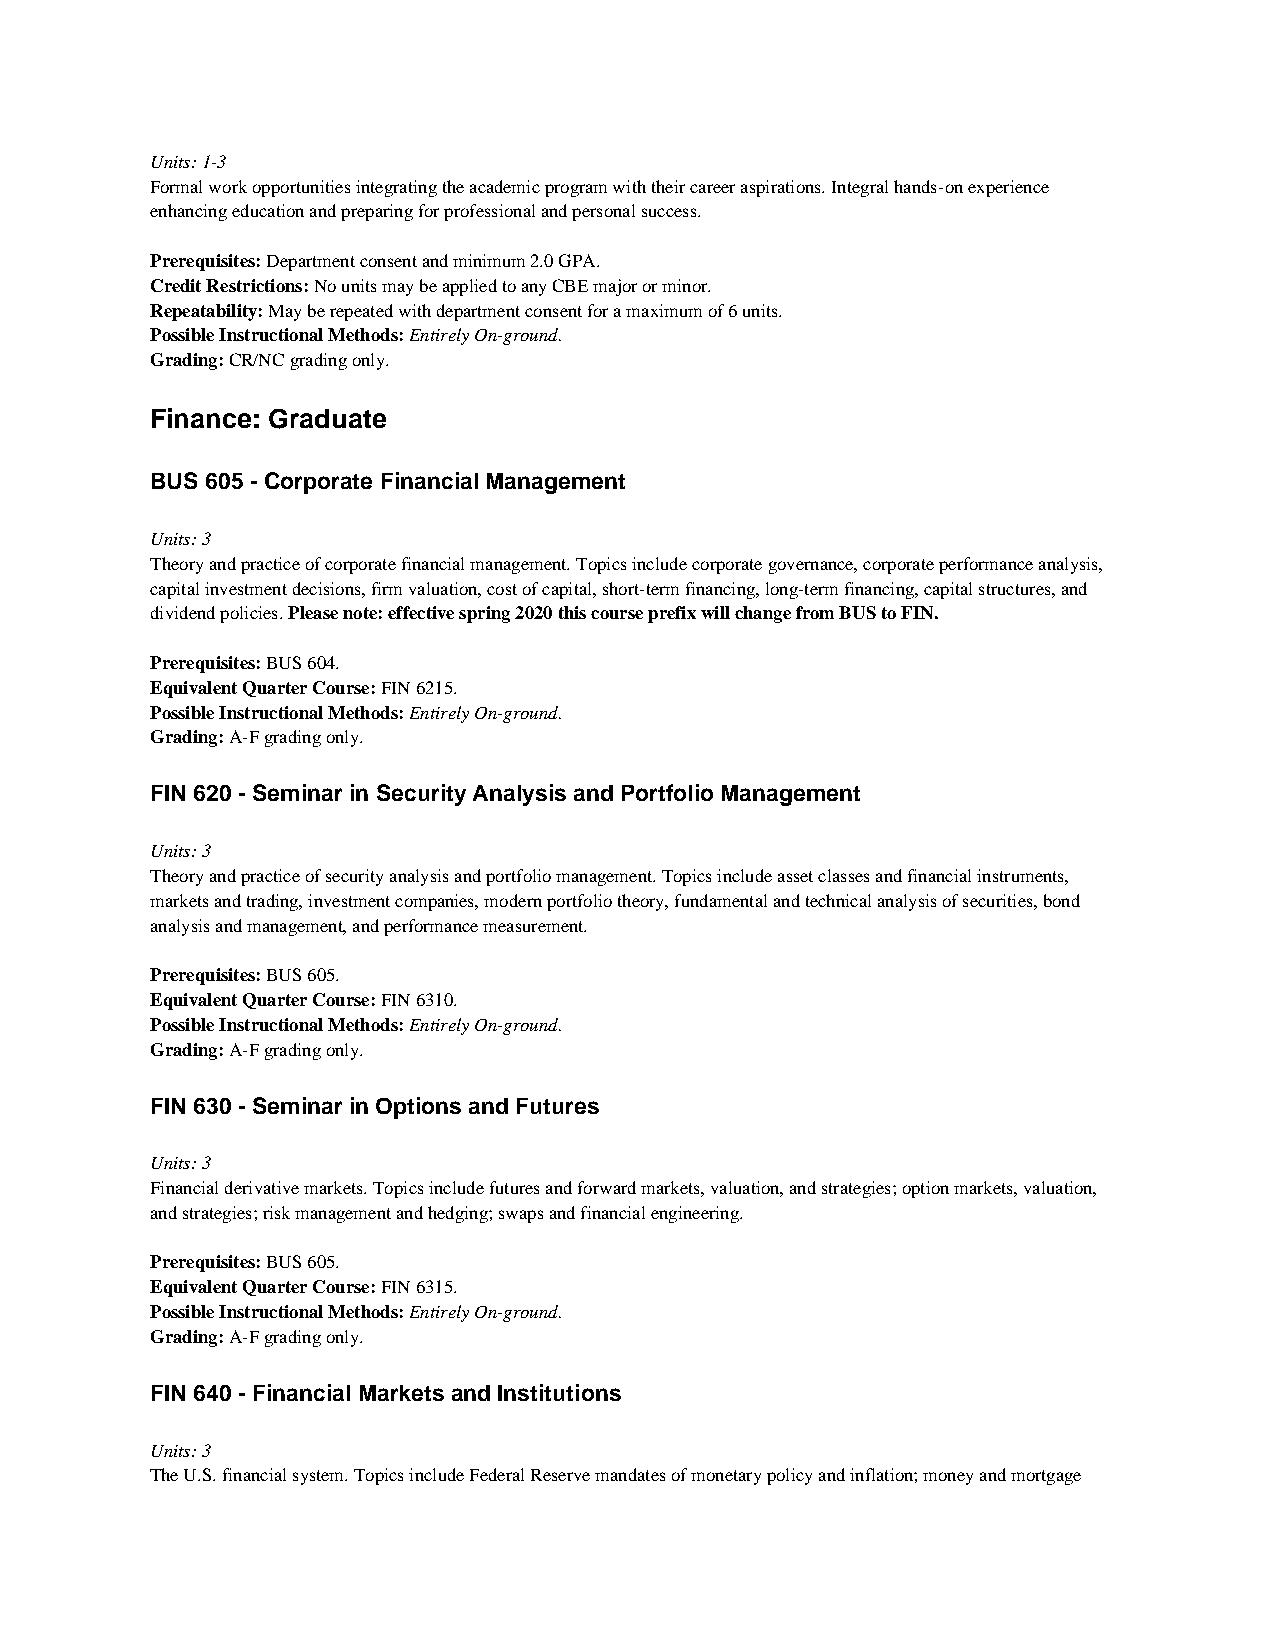
Units: 1-3
 Formal work opportunities integrating the academic program with their career aspirations. Integral hands-on experience
 enhancing education and preparing for professional and personal success.
 Prerequisites: Department consent and minimum 2.0 GPA.
 Credit Restrictions: No units may be applied to any CBE major or minor.
 Repeatability: May be repeated with department consent for a maximum of 6 units.
 Possible Instructional Methods: Entirely On-ground.
 Grading: CR/NC grading only.
 Finance: Graduate
 BUS 605 - Corporate Financial Management
 Units: 3
 Theory and practice of corporate financial management. Topics include corporate governance, corporate performance analysis,
 capital investment decisions, firm valuation, cost of capital, short-term financing, long-term financing, capital structures, and
 dividend policies. Please note: effective spring 2020 this course prefix will change from BUS to FIN.
 Prerequisites: BUS 604.
 Equivalent Quarter Course: FIN 6215.
 Possible Instructional Methods: Entirely On-ground.
 Grading: A-F grading only.
 FIN 620 - Seminar in Security Analysis and Portfolio Management
 Units: 3
 Theory and practice of security analysis and portfolio management. Topics include asset classes and financial instruments,
 markets and trading, investment companies, modern portfolio theory, fundamental and technical analysis of securities, bond
 analysis and management, and performance measurement.
 Prerequisites: BUS 605.
 Equivalent Quarter Course: FIN 6310.
 Possible Instructional Methods: Entirely On-ground.
 Grading: A-F grading only.
 FIN 630 - Seminar in Options and Futures
 Units: 3
 Financial derivative markets. Topics include futures and forward markets, valuation, and strategies; option markets, valuation,
 and strategies; risk management and hedging; swaps and financial engineering.
 Prerequisites: BUS 605.
 Equivalent Quarter Course: FIN 6315.
 Possible Instructional Methods: Entirely On-ground.
 Grading: A-F grading only.
 FIN 640 - Financial Markets and Institutions
 Units: 3
 The U.S. financial system. Topics include Federal Reserve mandates of monetary policy and inflation; money and mortgage